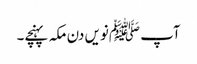
آپ ﷺنویں دن مکہ پہنچے۔